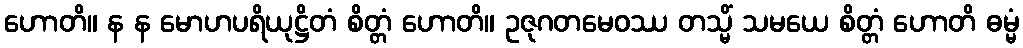
ဟောတိ။ န န မောဟပရိယုဋ္ဌိတံ စိတ္တံ ဟောတိ။ ဥဇုဂတမေဝဿ တသ္မိံ သမယေ စိတ္တံ ဟောတိ ဓမ္မံ